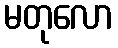
မတုလော